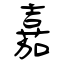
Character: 嘉